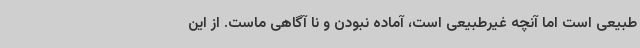
طبیعی است اما آنچه غیرطبیعی است، آماده نبودن و نا آگاهی ماست. از این